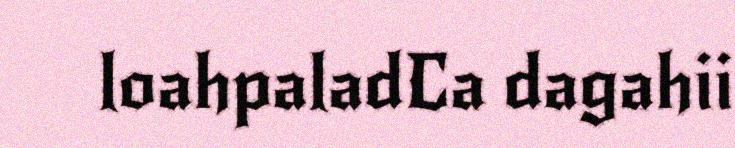
loahpaladCa dagahii